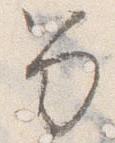
笏